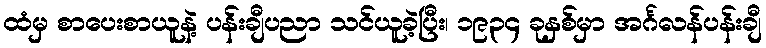
ထံမှ စာပေးစာယူနဲ့ ပန်းချီပညာ သင်ယူခဲ့ပြီး၊ ၁၉၃၄ ခုနှစ်မှာ အင်္ဂလန်ပန်းချီ